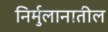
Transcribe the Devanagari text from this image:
निर्मुलानातील